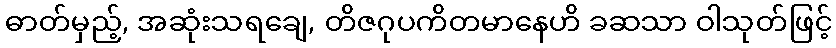
ဓာတ်မှည့်, အဆုံးသရချေ, တိဇဂုပကိတမာနေဟိ ခဆသာ ဝါသုတ်ဖြင့်